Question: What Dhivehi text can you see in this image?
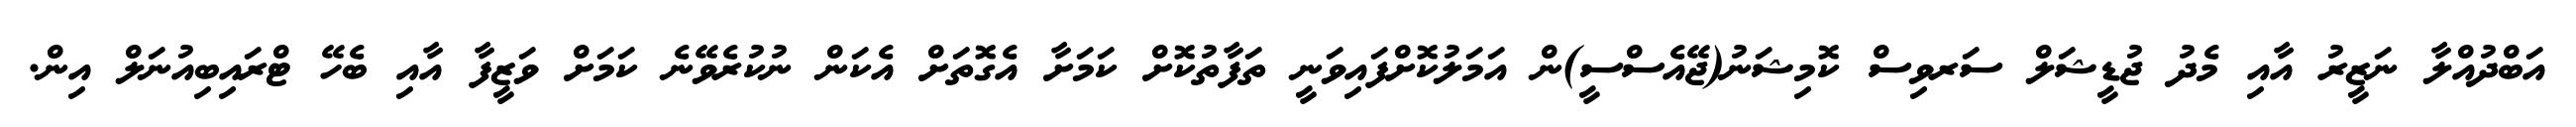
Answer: އަބްދުއްލާ ނަޒީރު އާއި މެދު ޖުޑީޝަލް ސަރވިސް ކޮމިޝަނު(ޖޭއެސްސީ)ން އަމަލުކޮށްފައިވަނީ ތަފާތުކޮށް ކަމަށާ އެގޮތަށް އެކަން ނުކުރެވޭނެ ކަމަށް ވަޒީފާ އާއި ބެހޭ ޓްރައިބިއުނަލް އިން.